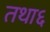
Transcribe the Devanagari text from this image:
तथा६